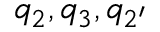
q _ { 2 } , q _ { 3 } , q _ { 2 ^ { \prime } }